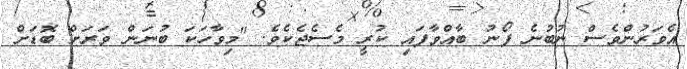
އެވަރުންވެސް ނުބުނެ ފޯނު ބާއްވާފައި ކުރީ މެސެޖެކެވެ. "މިވާހަކަ ބުނަން ވަރަށް ބޮޑަށް